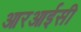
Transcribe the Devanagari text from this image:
आरआईसी